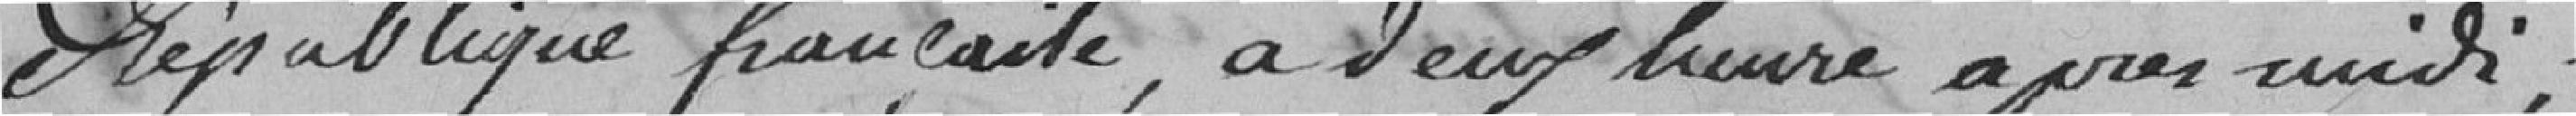
République française, à deux heures après midi;